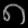
Digit: ၈